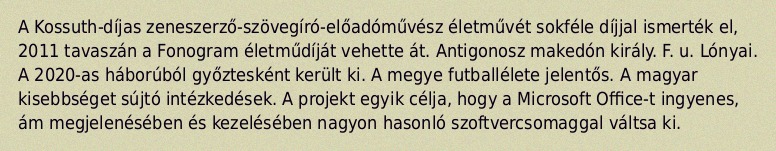
A Kossuth-díjas zeneszerző-szövegíró-előadóművész életművét sokféle díjjal ismerték el, 2011 tavaszán a Fonogram életműdíját vehette át. Antigonosz makedón király. F. u. Lónyai. A 2020-as háborúból győztesként került ki. A megye futballélete jelentős. A magyar kisebbséget sújtó intézkedések. A projekt egyik célja, hogy a Microsoft Office-t ingyenes, ám megjelenésében és kezelésében nagyon hasonló szoftvercsomaggal váltsa ki.